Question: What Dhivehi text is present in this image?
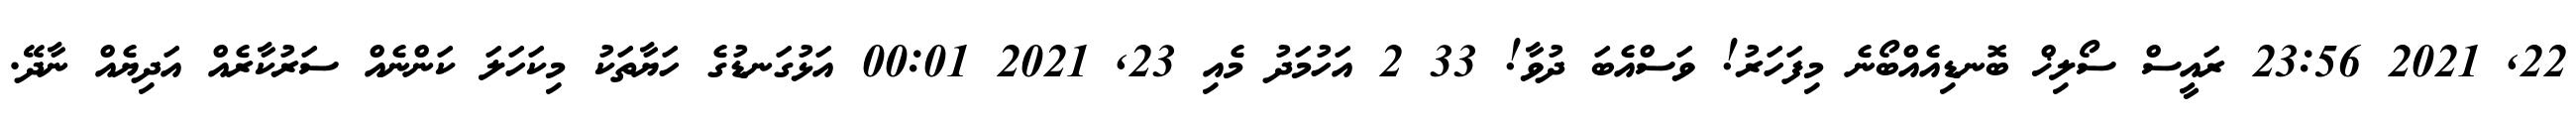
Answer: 22, 2021 23:56 ރައީސް ސޯލިޚް ބޮނޑިއެއްބޯނެ މިފަހަރު! ވަސްއެބަ ދުވާ! 33 2 އަހުމަދު މެއި 23, 2021 00:01 އަޅުގަނޑުގެ ހަޔާތަކު މިކަހަލަ ކަންނެއް ސަރުކާރެއް އަދިޔެއް ނާދޭ.